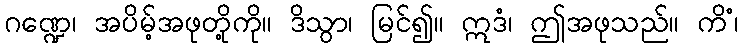
ဂဏ္ဍေ၊ အပိမ့်အဖုတို့ကို။ ဒိသွာ၊ မြင်၍။ ဣဒံ၊ ဤအဖုသည်။ ကိံ၊